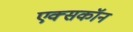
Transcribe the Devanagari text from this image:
एक्सकॉन